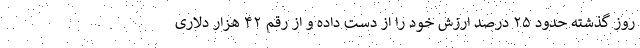
روز گذشته حدود ۲۵ درصد ارزش خود را از دست داده و از رقم ۴۲ هزار دلاری